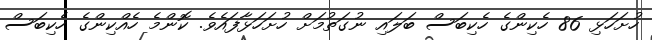
ހުށަހަޅި 86 ހެކިންގެ ހެކިބަސް ބަލައި ނުގަތުމަށް ހުށަހަޅާފައެވެ. ކޮންމެ ހެއްކިންގެ ހެކިބަސް